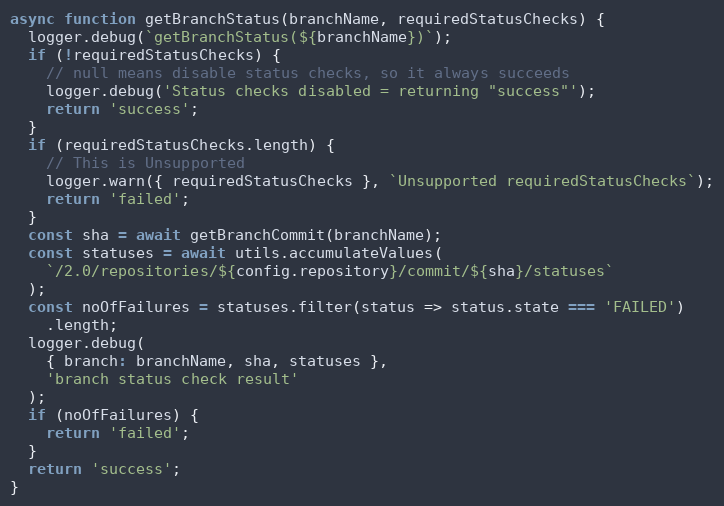
Language: JavaScript
async function getBranchStatus(branchName, requiredStatusChecks) {
  logger.debug(`getBranchStatus(${branchName})`);
  if (!requiredStatusChecks) {
    // null means disable status checks, so it always succeeds
    logger.debug('Status checks disabled = returning "success"');
    return 'success';
  }
  if (requiredStatusChecks.length) {
    // This is Unsupported
    logger.warn({ requiredStatusChecks }, `Unsupported requiredStatusChecks`);
    return 'failed';
  }
  const sha = await getBranchCommit(branchName);
  const statuses = await utils.accumulateValues(
    `/2.0/repositories/${config.repository}/commit/${sha}/statuses`
  );
  const noOfFailures = statuses.filter(status => status.state === 'FAILED')
    .length;
  logger.debug(
    { branch: branchName, sha, statuses },
    'branch status check result'
  );
  if (noOfFailures) {
    return 'failed';
  }
  return 'success';
}